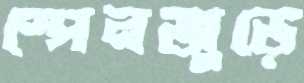
স্পেনজুড়ে